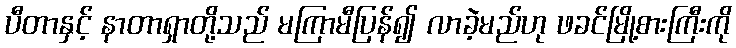
ပီတာနှင့် နာတာရှာတို့သည် မကြာမီပြန်၍ လာခဲ့မည်ဟု ဖခင်မြို့စားကြီးကို